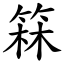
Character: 箖